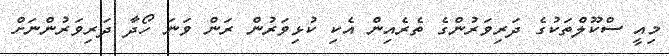
މިއީ ސްކޫލްތަކުގެ ދަރިވަރުންގެ ތެރެއިން އެކި ކުޅިވަރުން ރަން ވަނަ ހޯދާ ދަރިވަރުންނަށް